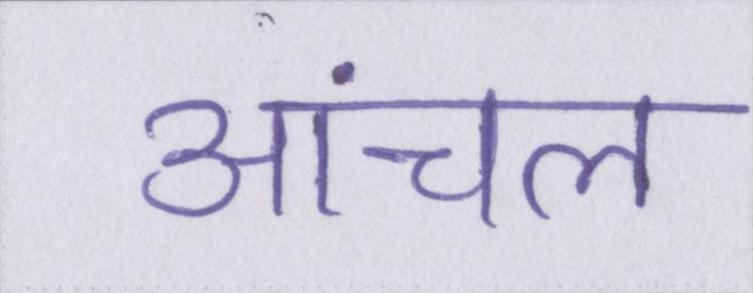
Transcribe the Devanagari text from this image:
आंचल